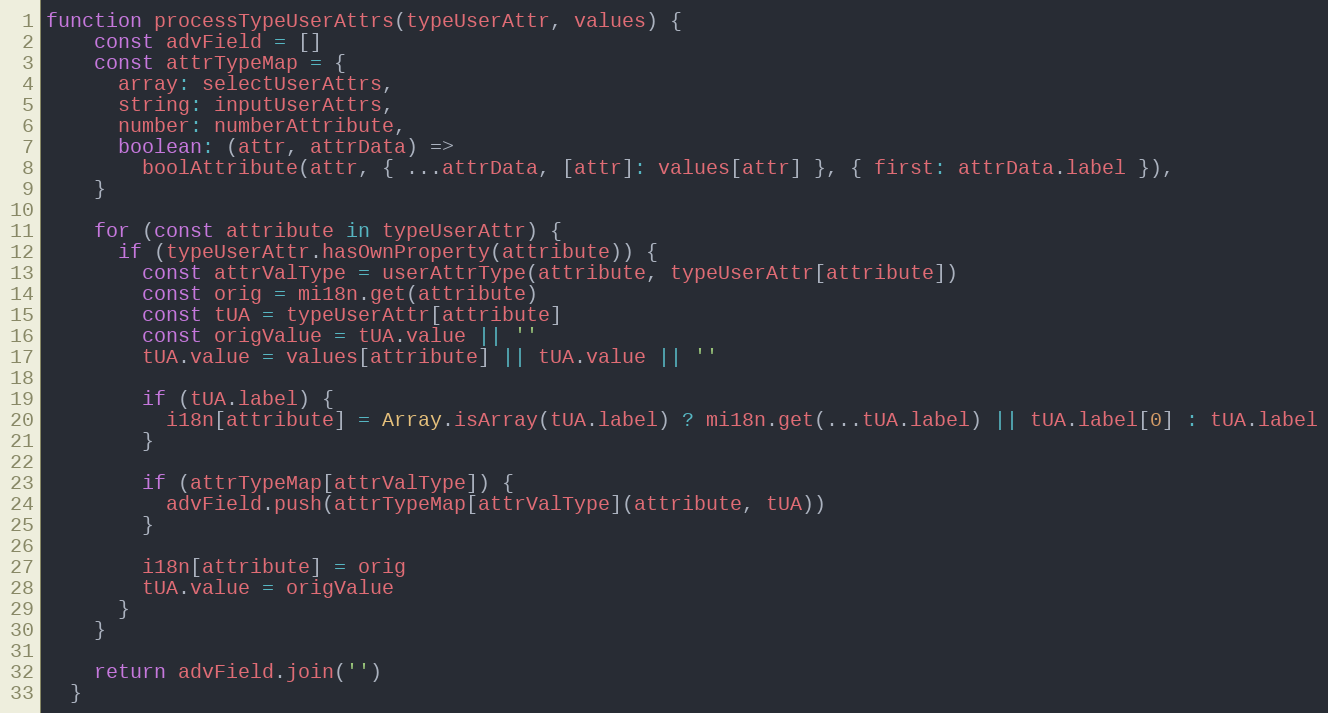
Language: JavaScript
function processTypeUserAttrs(typeUserAttr, values) {
    const advField = []
    const attrTypeMap = {
      array: selectUserAttrs,
      string: inputUserAttrs,
      number: numberAttribute,
      boolean: (attr, attrData) =>
        boolAttribute(attr, { ...attrData, [attr]: values[attr] }, { first: attrData.label }),
    }

    for (const attribute in typeUserAttr) {
      if (typeUserAttr.hasOwnProperty(attribute)) {
        const attrValType = userAttrType(attribute, typeUserAttr[attribute])
        const orig = mi18n.get(attribute)
        const tUA = typeUserAttr[attribute]
        const origValue = tUA.value || ''
        tUA.value = values[attribute] || tUA.value || ''

        if (tUA.label) {
          i18n[attribute] = Array.isArray(tUA.label) ? mi18n.get(...tUA.label) || tUA.label[0] : tUA.label
        }

        if (attrTypeMap[attrValType]) {
          advField.push(attrTypeMap[attrValType](attribute, tUA))
        }

        i18n[attribute] = orig
        tUA.value = origValue
      }
    }

    return advField.join('')
  }